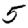
Digit: 5